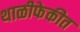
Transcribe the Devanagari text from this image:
थाळीफेकीत